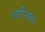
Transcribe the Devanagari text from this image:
आरियान